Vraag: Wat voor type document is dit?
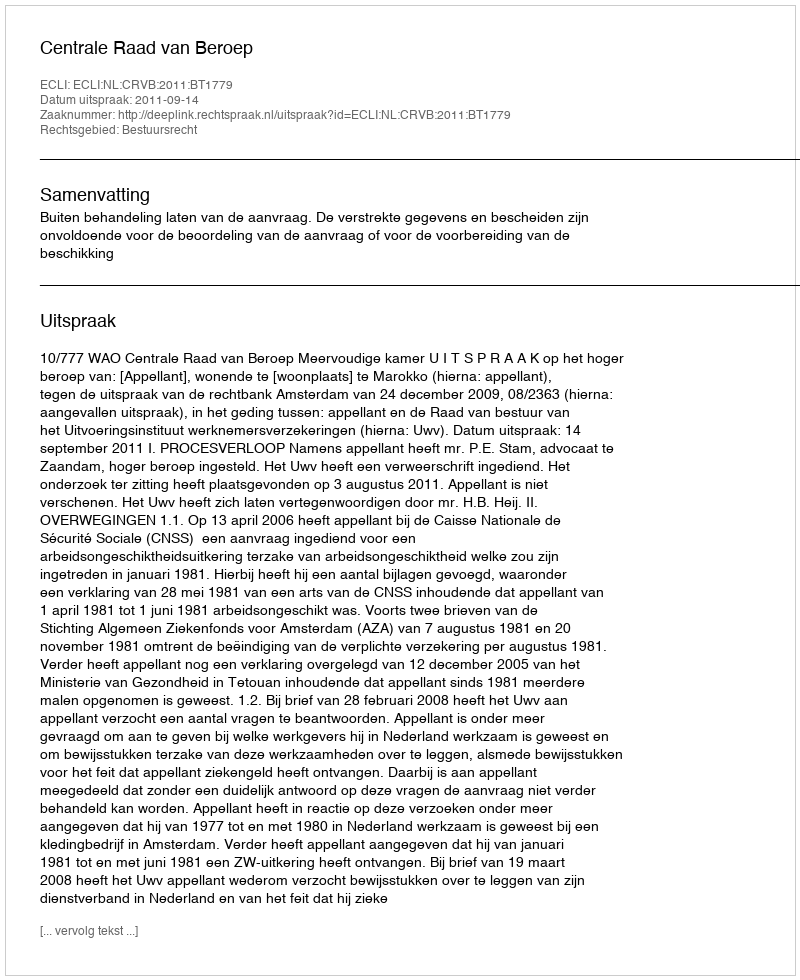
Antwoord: Uitspraak